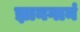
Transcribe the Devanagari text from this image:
ज्ञानगानं